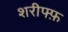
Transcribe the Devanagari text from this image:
शरीफ्फ़